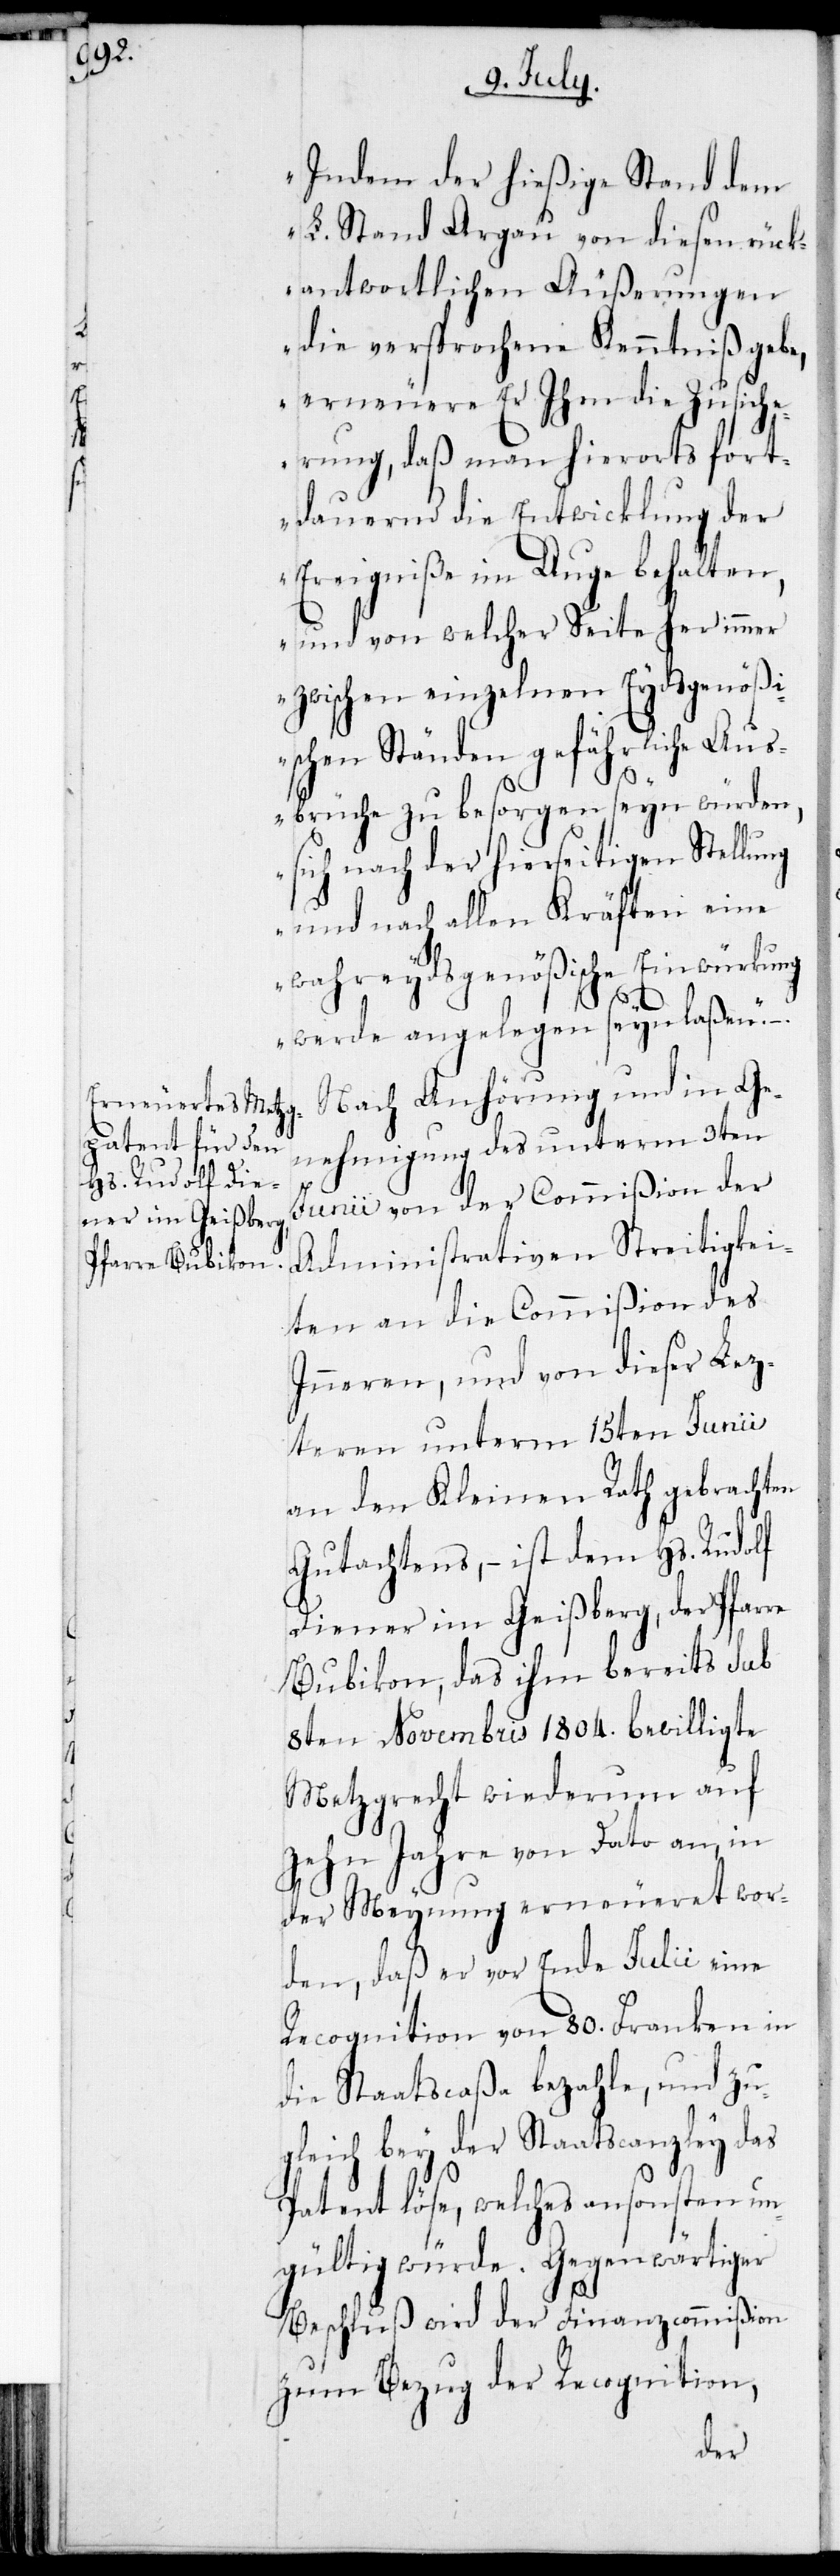
Indem der hießige Stand dem
L. Stand Argau von diesen rück¬
antwortlichen Äußerungen
die versprochene Kenntniß gebe,
erneuere Er Ihm die Zusiche¬
rung, daß man hierorts fort¬
dauernd die Entwicklung der
Ereigniße im Auge behalten,
und von welcher Seite her immer
zwischen einzelnen Eydsgenößi¬
schern Ständen gefährliche Aus¬
brüche zu besorgen seyn würden,
sich nach der hierseitigen Stellung
und nach allen Kräften eine
wahreydsgenößische Einwürkung
re
werde angelegen seyn laßen.“
Nach Anhörung und in Ge¬
nehmigung des unterm 3ten
Junii von der Commißion der
Administrativen Streitigkei¬
ten an die Commißion des
Inneren, und von dieser Lez¬
teren unterm 15ten Junii
an den Kleinen Rath gebrachten
Gutachtens, – ist dem Hs. Rudolf
Diener im Geißberg, der Pfar¬
Bubikon, das ihm bereist sub
8ten Novembris 1804. bewilligte
Metzgrecht wiederum auf
zehn Jahre von Dato an, in
der Meynung erneueret wor¬
den, daß er vor Ende Julii eine
Recognition von 80. Franken in
die Staatscaßa bezahle, und zug¬
leich bey der Staatscanzley das
Patent löse, welches ansonsten un¬
gültig würde. Gegenwärtiger
Beschluß wird der Finanzcommißion
zum Bezug der Recognition,